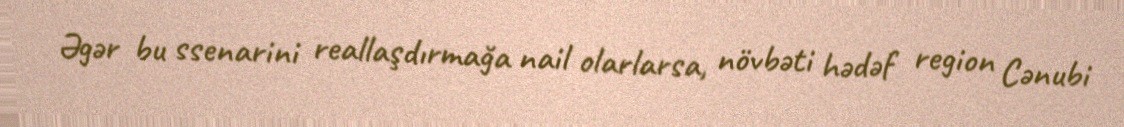
Əgər bu ssenarini reallaşdırmağa nail olarlarsa, növbəti hədəf region Cənubi